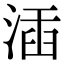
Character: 㴙